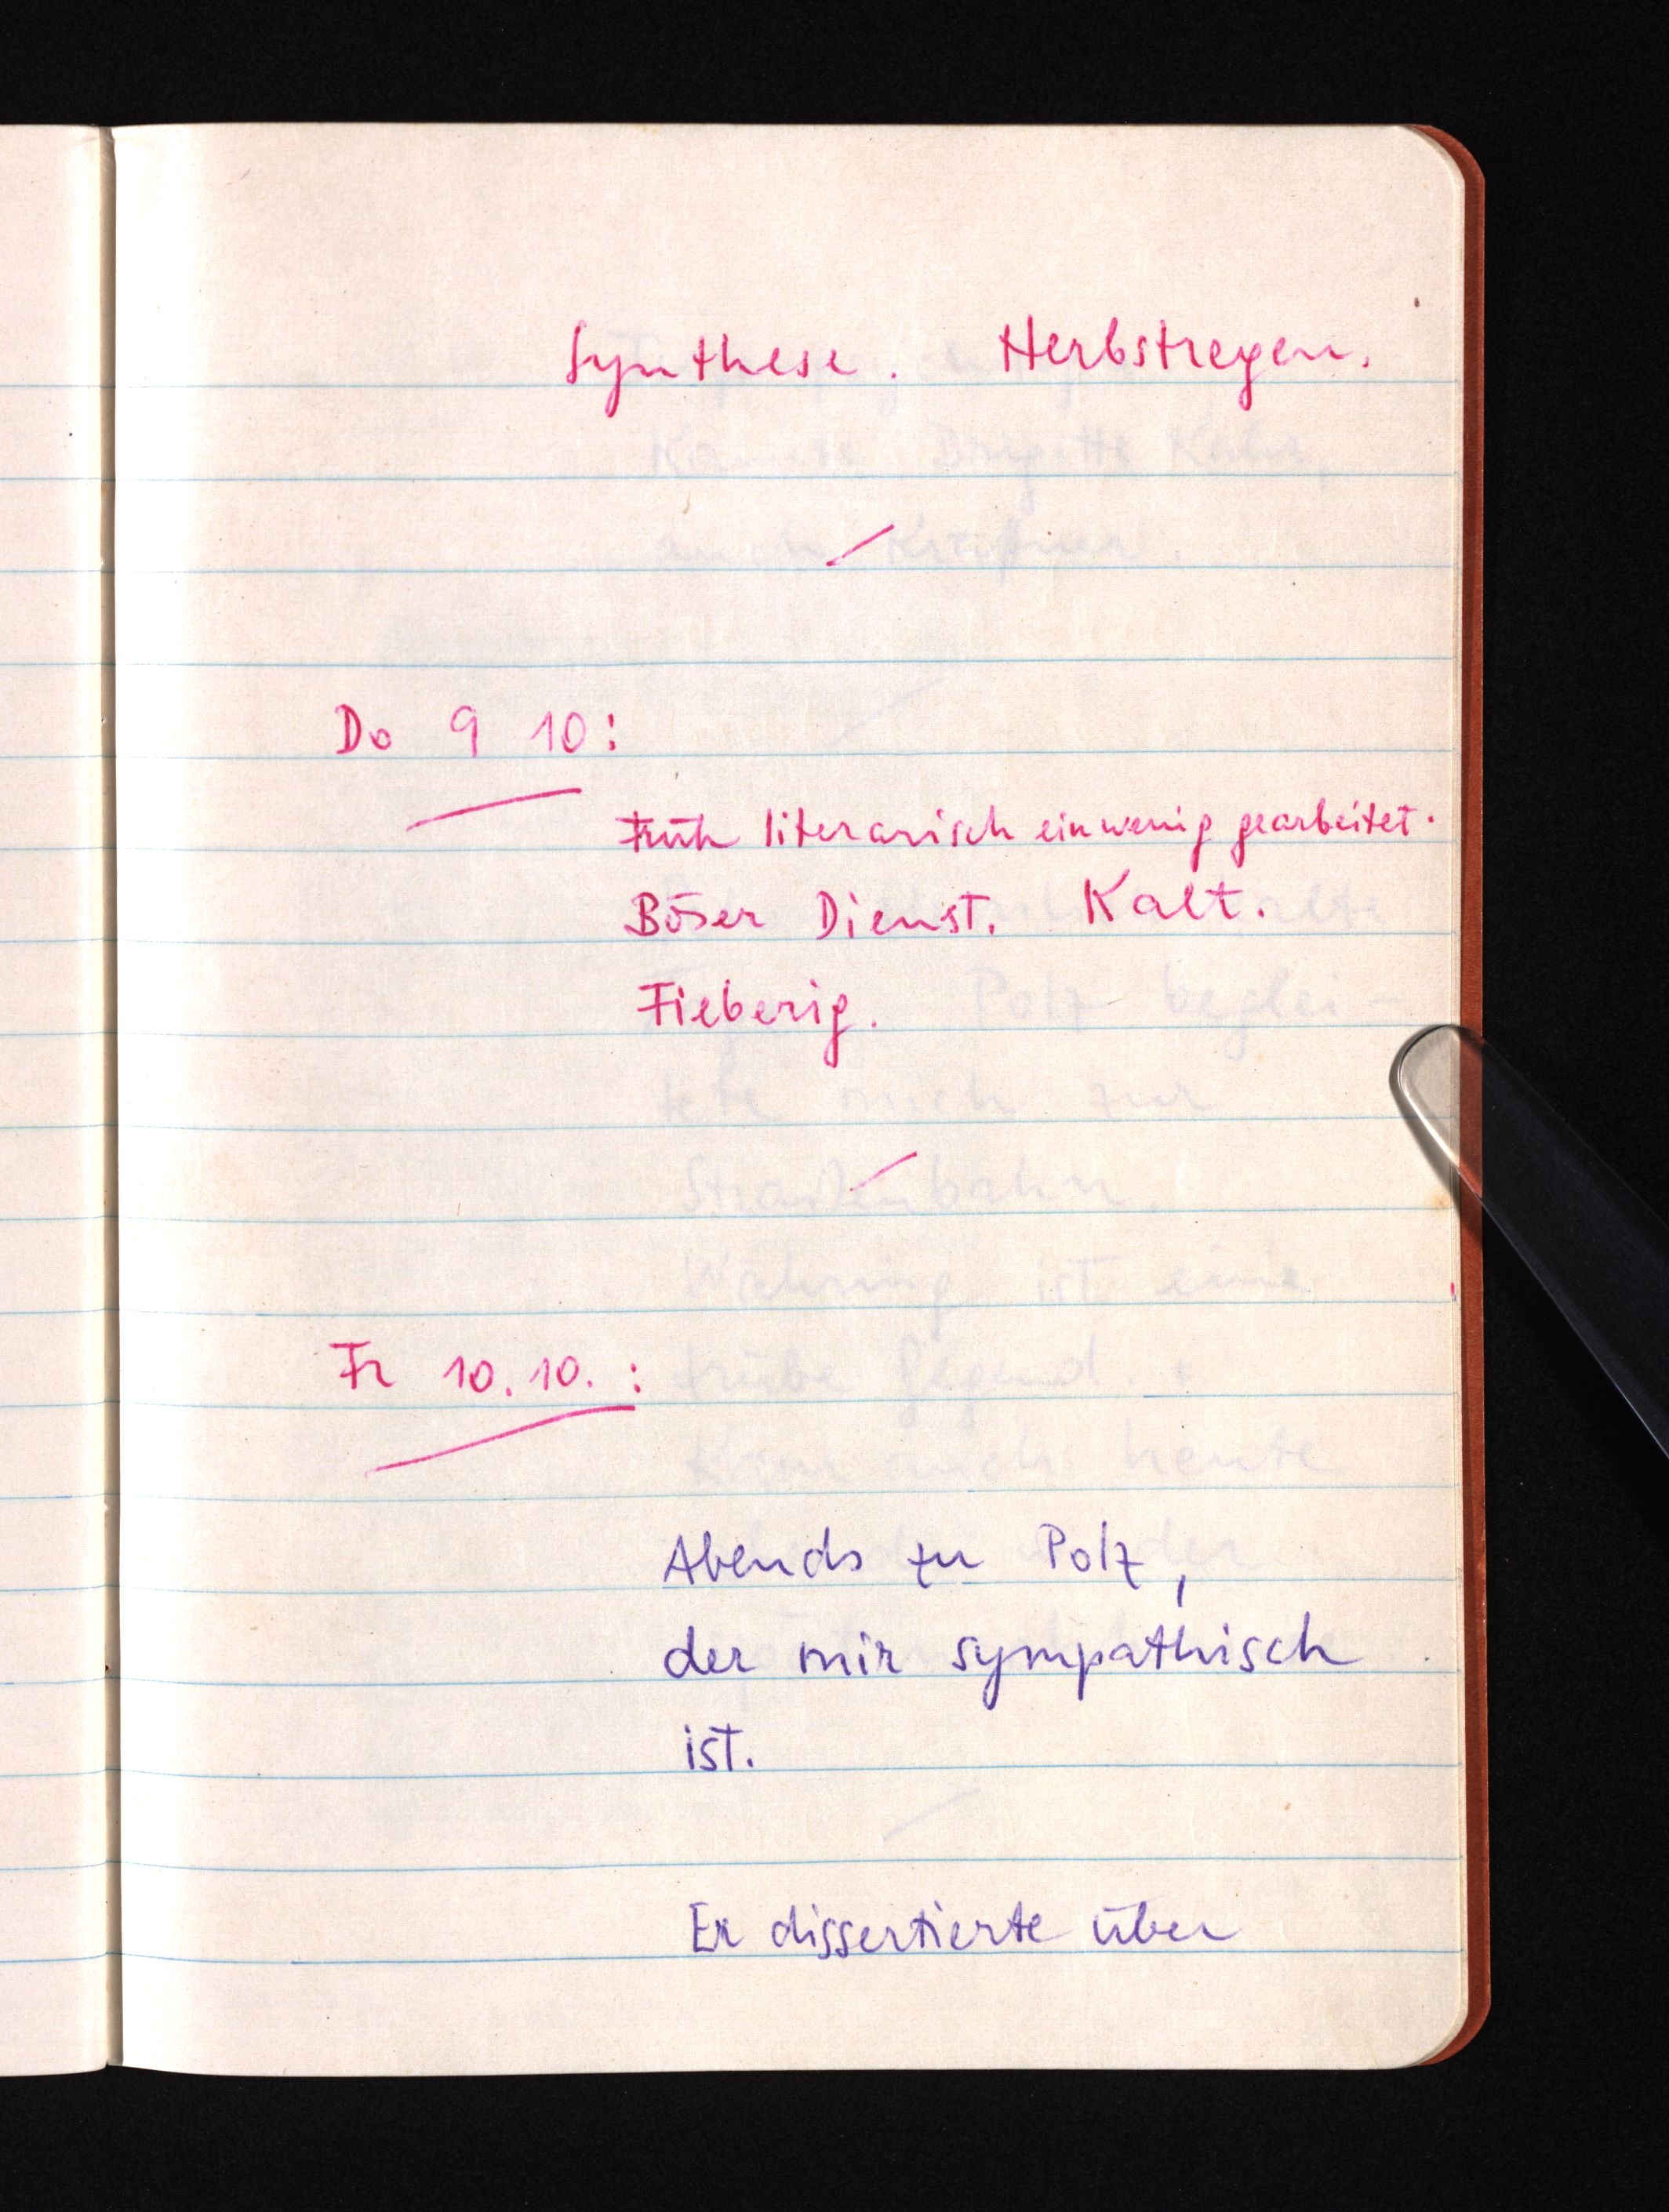
Synthese. Herbstregen.
Do 9 10:
Früh literarisch ein wenig gearbeitet.
Böser Dienst. Kalt.
Fieberig.
Fr 10.10.:
Abends zu Polz,
der mir sympathisch
ist.
Er dissertierte über